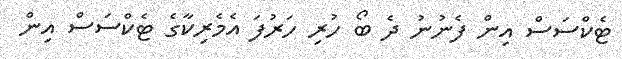
ޓެކްސަސް އިން ފެނުނު ދެ ބޯ ހުރި ހަރުފަ އެމެރިކާގެ ޓެކްސަސް އިން